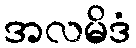
အလမိဒံ